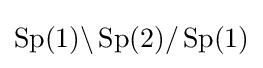
\operatorname {Sp} (1)\backslash \operatorname {Sp} (2)/\operatorname {Sp} (1)